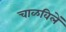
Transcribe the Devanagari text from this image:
चाळविलें